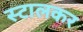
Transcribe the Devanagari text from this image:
स्टालकर